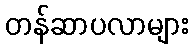
တန်ဆာပလာများ